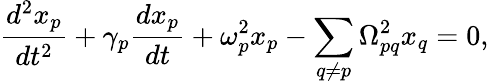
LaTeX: \frac{d^{2}x_{p}}{dt^{2}}+\gamma_{p}\frac{dx_{p}}{dt}+\omega_{p}^{2}x_{p}-\sum_{q\neq p}\Omega_{pq}^{2}x_{q}=0,